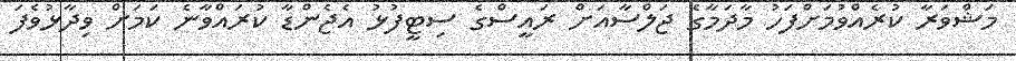
މަޝްވަރާ ކުރެއްވުމަށްފަހު މާދަމާގެ ޖަލްސާއަށް ރައީސްގެ ސިޓީފުޅު އެޖެންޑާ ކުރައްވާނެ ކަމަށް ވިދާޅުވެފަ